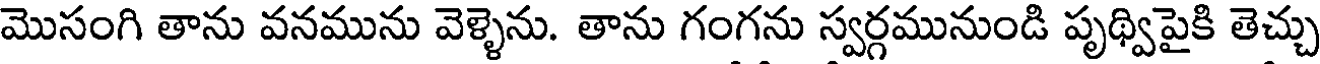
మొసంగి తాను వనమును వెళ్ళెను. తాను గంగను స్వర్గమునుండి పృథ్విపైకి తెచ్చు